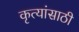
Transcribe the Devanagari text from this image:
कृत्यांसाठी